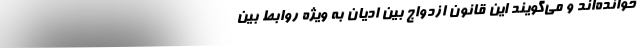
خوانده‌اند و می‌گویند این قانون ازدواج بین ادیان به ویژه روابط بین